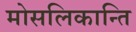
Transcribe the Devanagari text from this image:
मोसलिकान्ति